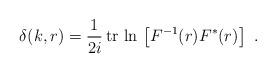
LaTeX: \begin{align*}\delta(k,r)=\frac{1}{2i}\, {\rm tr}\, \ln \, \left[F^{-1}(r)F^*(r)\right]\ . \end{align*}